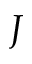
J